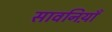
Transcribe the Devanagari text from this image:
सावनिय़ाँ